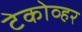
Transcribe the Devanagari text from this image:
टेकोव्हर